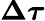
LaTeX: \boldsymbol{\Delta\tau}